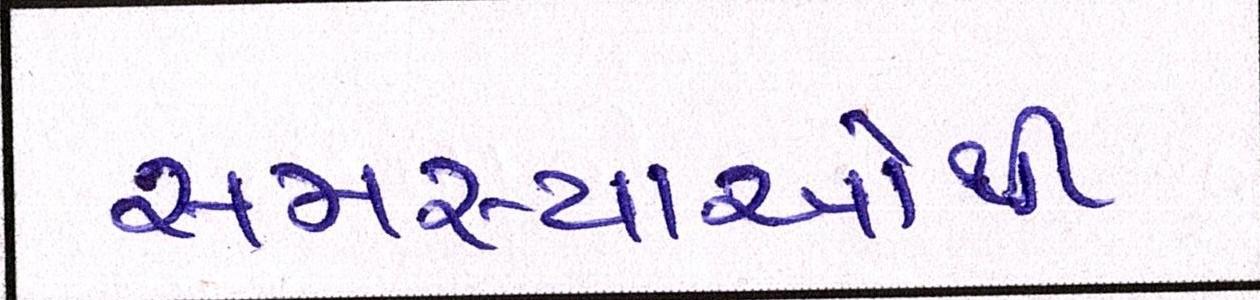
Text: સમસ્યાઓથી